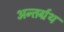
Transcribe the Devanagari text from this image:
अन्तर्ग्रथ